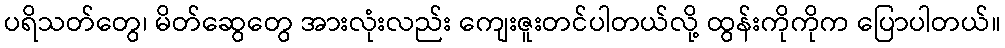
ပရိသတ်တွေ၊ မိတ်ဆွေတွေ အားလုံးလည်း ကျေးဇူးတင်ပါတယ်လို့ ထွန်းကိုကိုက ပြောပါတယ်။